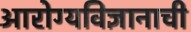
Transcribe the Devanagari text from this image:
आरोग्यविज्ञानाची